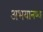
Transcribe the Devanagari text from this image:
अभयानण्‍य